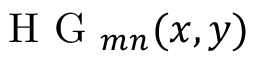
\mathrm { ~ H ~ G ~ } _ { m n } ( x , y )